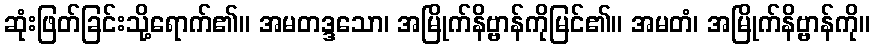
ဆုံးဖြတ်ခြင်းသို့ရောက်၏။ အမတဒ္ဒသော၊ အမြိုက်နိဗ္ဗာန်ကိုမြင်၏။ အမတံ၊ အမြိုက်နိဗ္ဗာန်ကို။